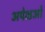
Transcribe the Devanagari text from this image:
अपेक्षओं